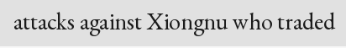
attacks against Xiongnu who traded